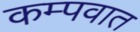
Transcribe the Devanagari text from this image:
कम्पवात